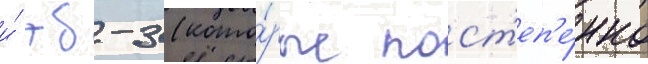
и́ тб-3 (кото́рые пост'еп'е́нно